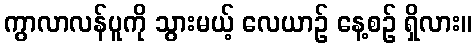
ကွာလာလန်ပူကို သွားမယ့် လေယာဉ် နေ့စဉ် ရှိလား။